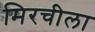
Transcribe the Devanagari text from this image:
मिरचीला